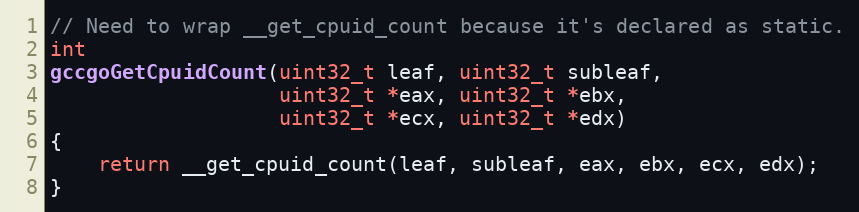
Language: C
// Need to wrap __get_cpuid_count because it's declared as static.
int
gccgoGetCpuidCount(uint32_t leaf, uint32_t subleaf,
                   uint32_t *eax, uint32_t *ebx,
                   uint32_t *ecx, uint32_t *edx)
{
	return __get_cpuid_count(leaf, subleaf, eax, ebx, ecx, edx);
}